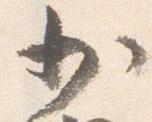
少